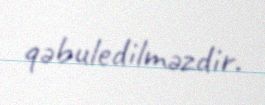
qəbuledilməzdir.